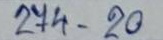
274 - 20